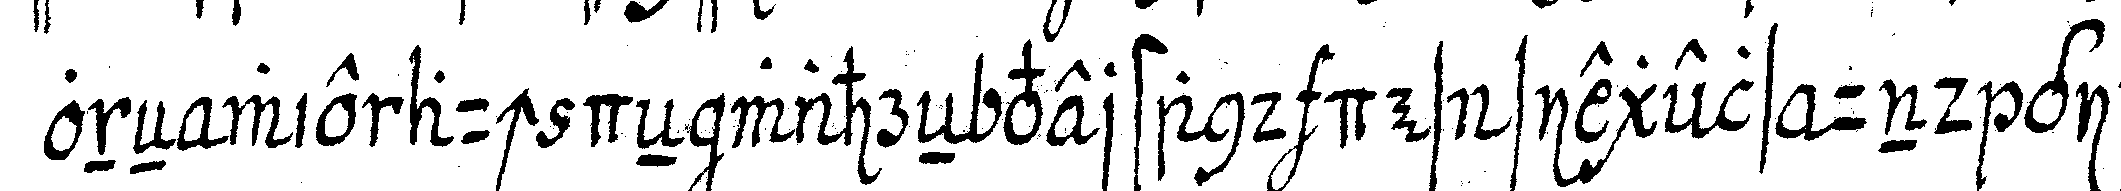
oneN wie auch deN wahreN verstand des siegels und gie